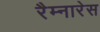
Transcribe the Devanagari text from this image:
रैम्नारेस